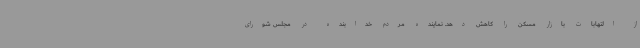
از التهابات بازار مسکن را کاهش دهد. نماینده مردم خدابنده در مجلس شورای